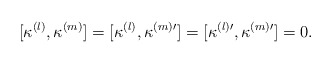
\begin{align*}[\kappa^{(l)}, \kappa^{(m)}] =[\kappa^{(l)}, \kappa^{(m) \prime}]= [\kappa^{(l) \prime}, \kappa^{(m) \prime}] =0.\end{align*}